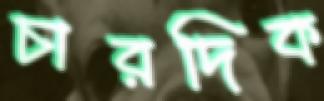
চারদিক